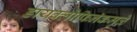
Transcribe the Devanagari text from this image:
डायक्लोफिनॅकमुळे